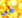
في